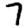
Digit: 7